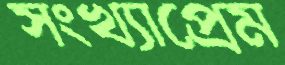
সংখ্যাপ্রেম